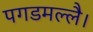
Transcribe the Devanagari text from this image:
पगडमल्लै।